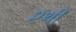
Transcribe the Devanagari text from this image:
२थी